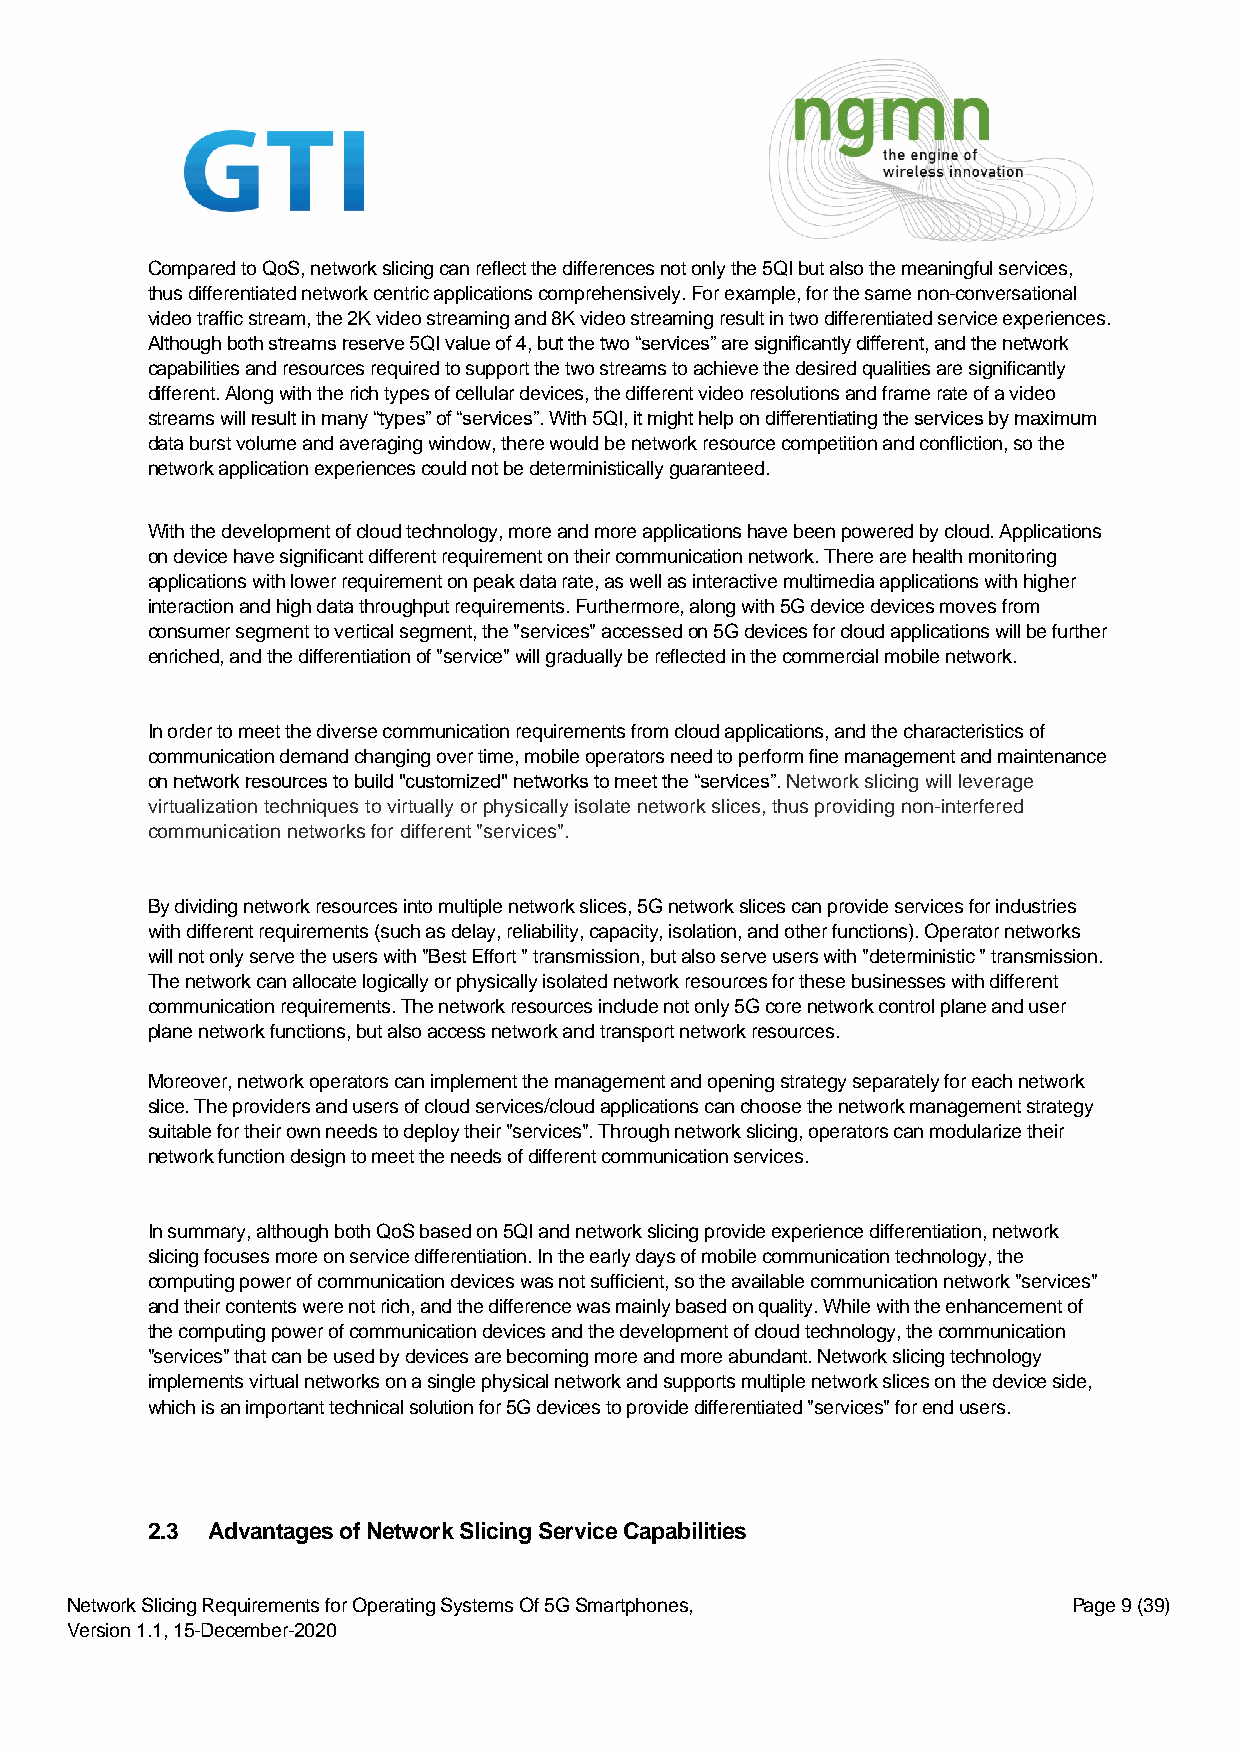
Compared to QoS, network slicing can reflect the differences not only the 5QI but also the meaningful services,
 thus differentiated network centric applications comprehensively. For example, for the same non-conversational
 video traffic stream, the 2K video streaming and 8K video streaming result in two differentiated service experiences.
 Although both streams reserve 5QI value of 4, but the two “services” are significantly different, and the network
 capabilities and resources required to support the two streams to achieve the desired qualities are significantly
 different. Along with the rich types of cellular devices, the different video resolutions and frame rate of a video
 streams will result in many “types” of “services”. With 5QI, it might help on differentiating the services by maximum
 data burst volume and averaging window, there would be network resource competition and confliction, so the
 network application experiences could not be deterministically guaranteed.
 With the development of cloud technology, more and more applications have been powered by cloud. Applications
 on device have significant different requirement on their communication network. There are health monitoring
 applications with lower requirement on peak data rate, as well as interactive multimedia applications with higher
 interaction and high data throughput requirements. Furthermore, along with 5G device devices moves from
 consumer segment to vertical segment, the "services" accessed on 5G devices for cloud applications will be further
 enriched, and the differentiation of "service" will gradually be reflected in the commercial mobile network.
 In order to meet the diverse communication requirements from cloud applications, and the characteristics of
 communication demand changing over time, mobile operators need to perform fine management and maintenance
 on network resources to build "customized" networks to meet the “services”. Network slicing will leverage
 virtualization techniques to virtually or physically isolate network slices, thus providing non-interfered
 communication networks for different "services".
 By dividing network resources into multiple network slices, 5G network slices can provide services for industries
 with different requirements (such as delay, reliability, capacity, isolation, and other functions). Operator networks
 will not only serve the users with "Best Effort " transmission, but also serve users with "deterministic " transmission.
 The network can allocate logically or physically isolated network resources for these businesses with different
 communication requirements. The network resources include not only 5G core network control plane and user
 plane network functions, but also access network and transport network resources.
 Moreover, network operators can implement the management and opening strategy separately for each network
 slice. The providers and users of cloud services/cloud applications can choose the network management strategy
 suitable for their own needs to deploy their "services". Through network slicing, operators can modularize their
 network function design to meet the needs of different communication services.
 In summary, although both QoS based on 5QI and network slicing provide experience differentiation, network
 slicing focuses more on service differentiation. In the early days of mobile communication technology, the
 computing power of communication devices was not sufficient, so the available communication network "services"
 and their contents were not rich, and the difference was mainly based on quality. While with the enhancement of
 the computing power of communication devices and the development of cloud technology, the communication
 "services" that can be used by devices are becoming more and more abundant. Network slicing technology
 implements virtual networks on a single physical network and supports multiple network slices on the device side,
 which is an important technical solution for 5G devices to provide differentiated "services" for end users.
 2.3 Advantages of Network Slicing Service Capabilities
 Network Slicing Requirements for Operating Systems Of 5G Smartphones, Page 9 (39)
 Version 1.1, 15-December-2020